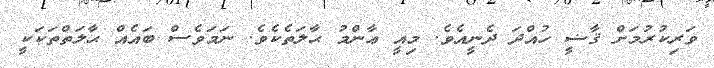
ވަރިކުރުމަށް ޤާޟީ ހުއްދަ ދެނީއެވެ. މިއީ ޢާންމު ޙާލަތެކެވެ. ނަމަވެސް ބައެއް ޙާލަތްތަކަކީ